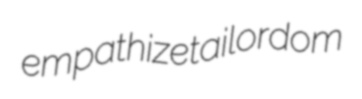
empathize tailordom